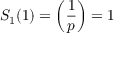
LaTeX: S _ { 1 } ( 1 ) = \left( { \frac { 1 } { p } } \right) = 1